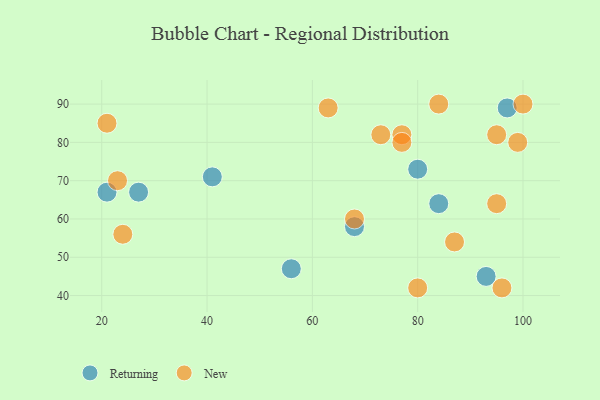
{"axis": {"x": "GDP", "y": "Life Expectancy"}, "legend": ["New", "Returning"], "data": [{"x": "97", "y": 89, "type": "Returning"}, {"x": "93", "y": 45, "type": "Returning"}, {"x": "68", "y": 58, "type": "Returning"}, {"x": "56", "y": 47, "type": "Returning"}, {"x": "41", "y": 71, "type": "Returning"}, {"x": "84", "y": 64, "type": "Returning"}, {"x": "21", "y": 67, "type": "Returning"}, {"x": "27", "y": 67, "type": "Returning"}, {"x": "80", "y": 73, "type": "Returning"}, {"x": "23", "y": 70, "type": "New"}, {"x": "68", "y": 60, "type": "New"}, {"x": "95", "y": 64, "type": "New"}, {"x": "99", "y": 80, "type": "New"}, {"x": "80", "y": 42, "type": "New"}, {"x": "73", "y": 82, "type": "New"}, {"x": "96", "y": 42, "type": "New"}, {"x": "77", "y": 82, "type": "New"}, {"x": "63", "y": 89, "type": "New"}, {"x": "77", "y": 80, "type": "New"}, {"x": "24", "y": 56, "type": "New"}, {"x": "100", "y": 90, "type": "New"}, {"x": "87", "y": 54, "type": "New"}, {"x": "84", "y": 90, "type": "New"}, {"x": "21", "y": 85, "type": "New"}, {"x": "95", "y": 82, "type": "New"}]}